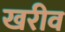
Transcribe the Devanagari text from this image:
खरीव